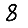
Digit: 8